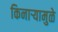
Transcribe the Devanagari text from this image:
किनार्‍यामुळे